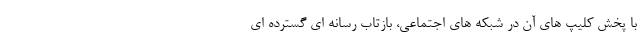
با پخش کلیپ های آن در شبکه های اجتماعی، بازتاب رسانه ای گسترده ای